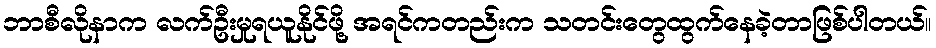
ဘာစီလိုနာက လက်ဦးမှုရယူနိုင်ဖို့ အရင်ကတည်းက သတင်းတွေထွက်နေခဲ့တာဖြစ်ပါတယ်။